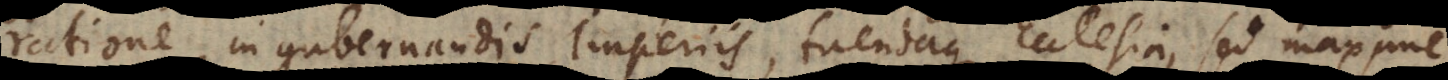
ratione, in gubernandis Imperiis, tuendaque Ecclesia, sed maxime